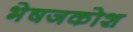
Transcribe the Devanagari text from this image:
भेषजकोश